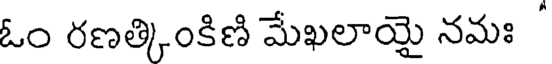
ఓం రణత్కింకిణి మేఖలాయై నమః